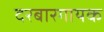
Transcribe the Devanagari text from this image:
दरबारगायक